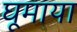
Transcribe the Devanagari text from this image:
घूमाया